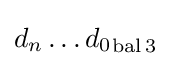
{d_{n}\ldots d_{0}}_{\operatorname {bal} 3}